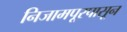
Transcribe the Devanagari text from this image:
निजामपूरपासून